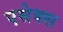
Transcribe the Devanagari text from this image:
एसेक्‍स